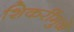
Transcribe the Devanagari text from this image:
शिकरींमुळे